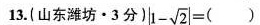
13.(山东潍坊·3分 )$$|1 - \sqrt{2}| =$$( )